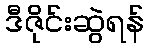
ဒီဇိုင်းဆွဲရန်